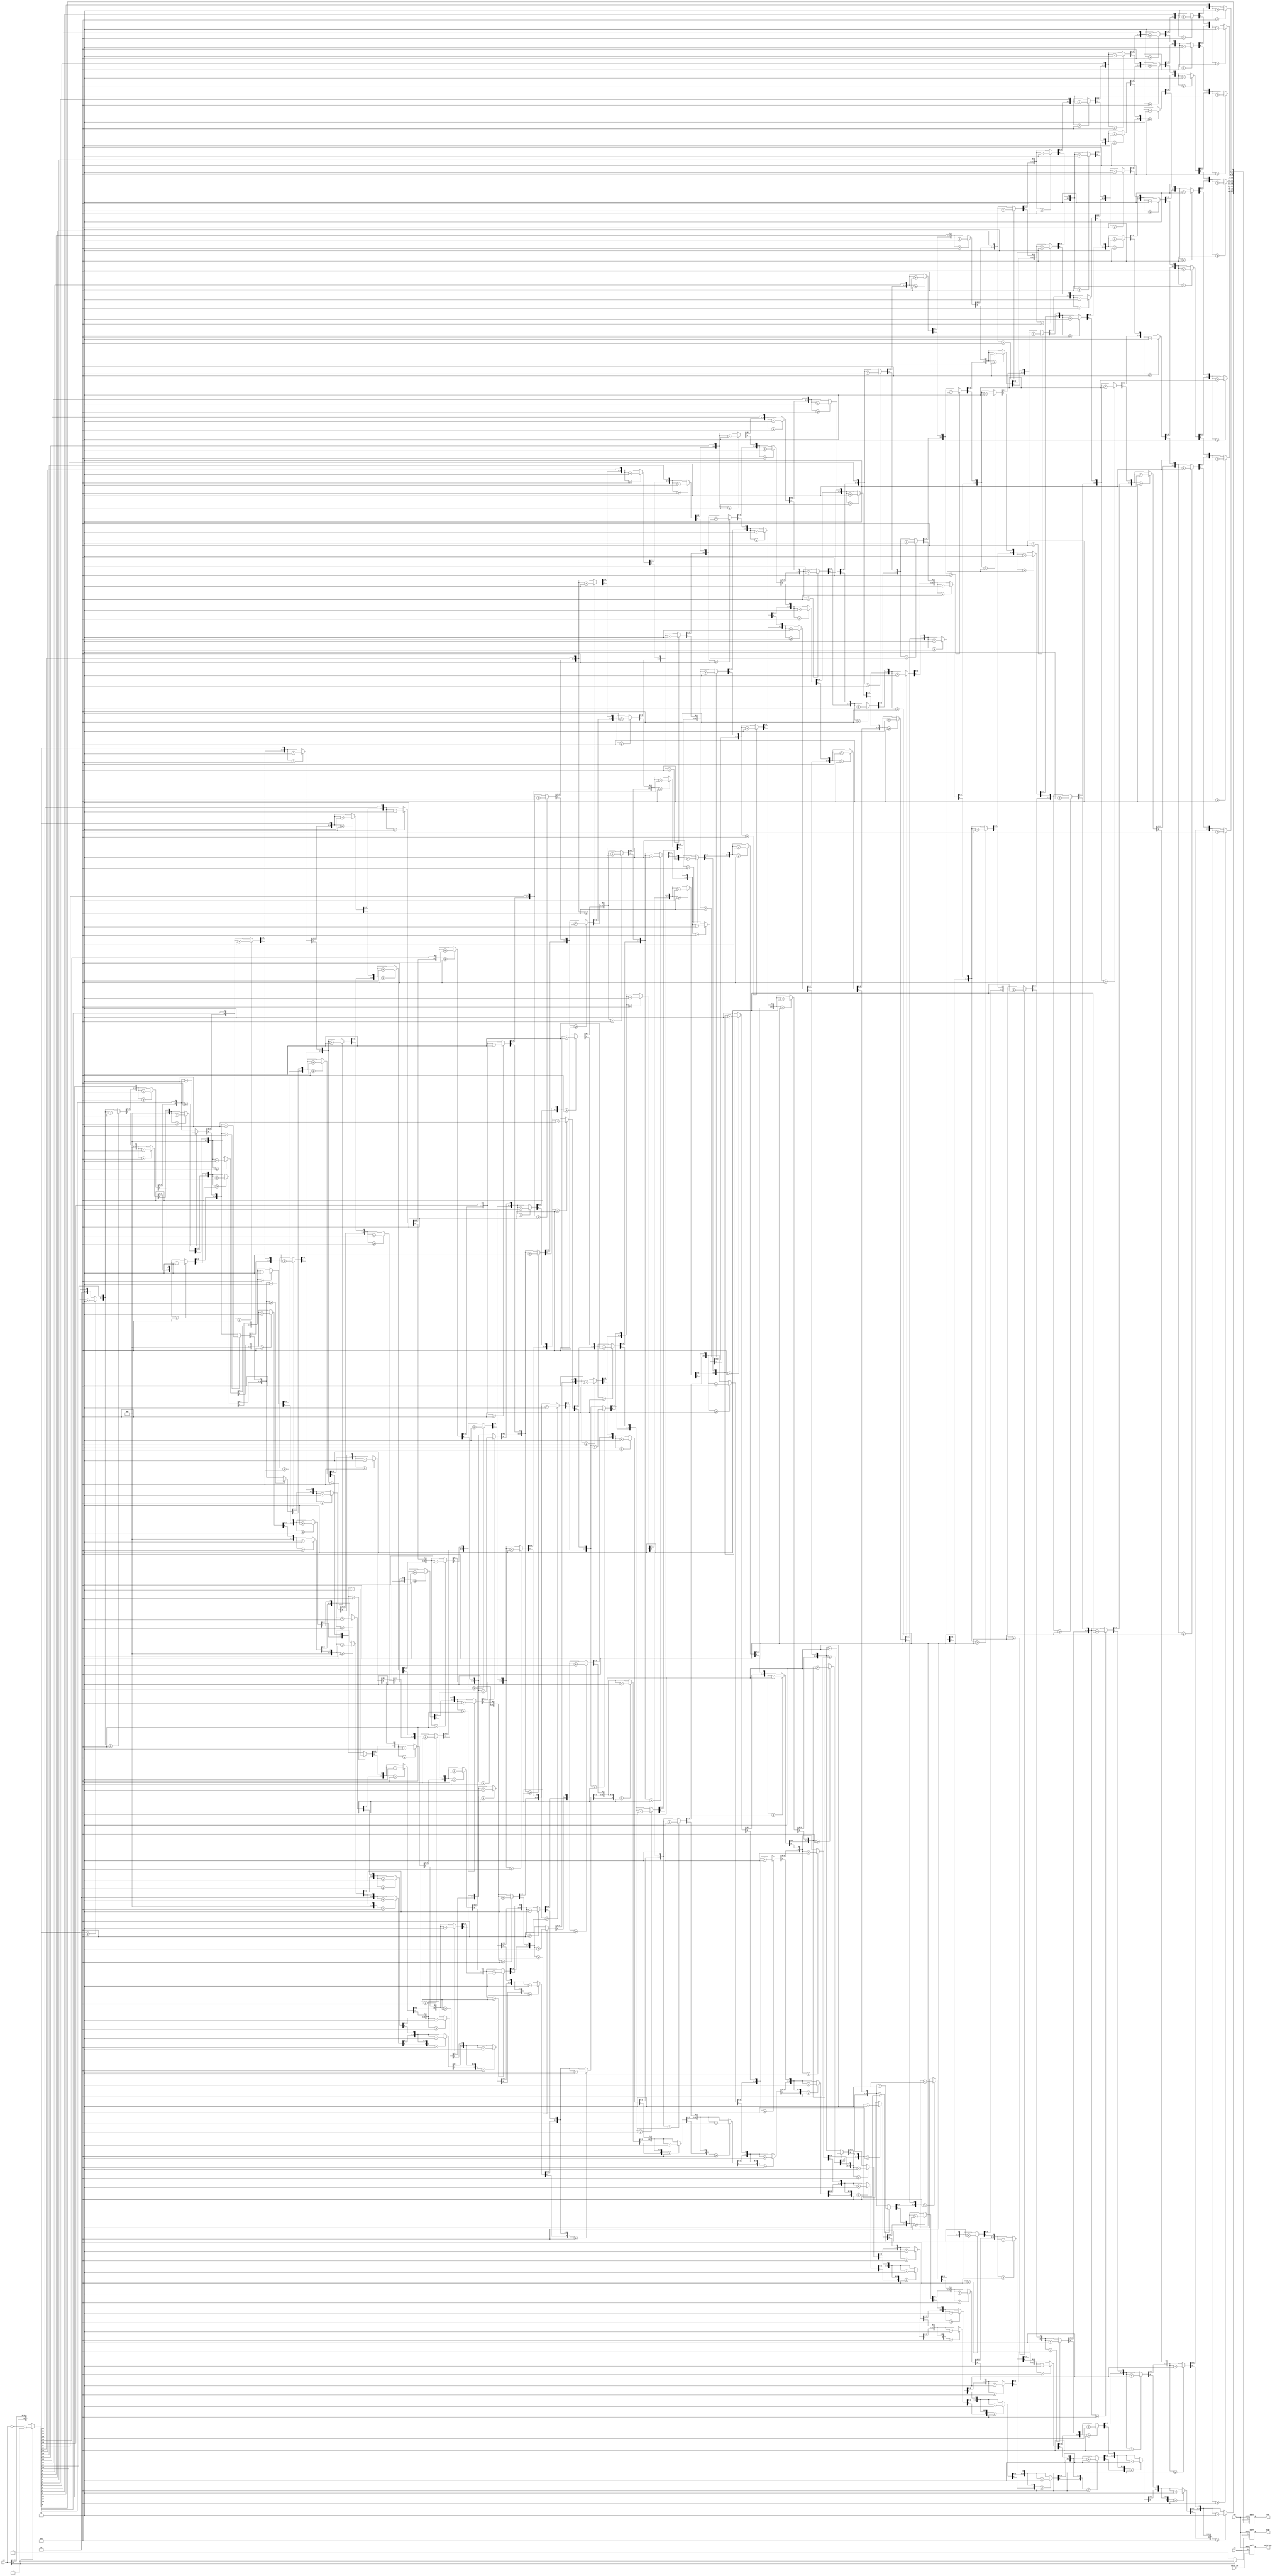
module bin2bcd(
    input [27:0] bin, // signed integer
    input valid_in, 
    input clk,
    input rst,
    output valid_out,
    output [31:0] bcd, // 8 4-bit digits
    output sign // 1 if the number is negative
);

    reg [27:0] abs_bin;
    integer i, j;

    reg  [31:0] bcd_nxt, bcd_ff, bcd_temp;
    reg val_nxt,val_ff, val_temp, sign_nxt, sign_ff, sign_temp;

    assign bcd = bcd_ff[31:0];
    assign valid_out = val_ff;
    assign sign = sign_ff;


    always @(posedge clk or negedge rst) begin // flip-flop
        if(!rst) begin
            bcd_ff <= 32'b0;
	        val_ff <= 1'b0;
            sign_ff <= 1'b0;
        end else begin
	        bcd_ff <= bcd_nxt;
	        val_ff <= val_nxt;
            sign_ff <= sign_nxt;
        end
    end

    always @(*) begin // double-dabble algorithm
        if (bin[27] == 1'b1) begin
            sign_temp = 1'b1;
            abs_bin = ~bin + 1;
        end else begin
            sign_temp = 1'b0;
            abs_bin = bin;
        end
        
        bcd_temp = 32'b0;

        for (i = 0; i < 28; i = i + 1) begin
            
            bcd_temp = bcd_temp << 1;
            bcd_temp[0] = abs_bin[27];
            abs_bin = abs_bin << 1;
            
            if(i != 27) begin
                for (j = 0; j < 8; j = j + 1) begin
                    if (bcd_temp[(4*j)+:4] >= 5) begin
                        bcd_temp[(4*j)+:4] = bcd_temp[(4*j)+:4] + 3;
                    end
                end
            end
        end

        bcd_nxt = bcd_temp;
        sign_nxt = sign_temp;
        val_nxt = valid_in;
    end

endmodule